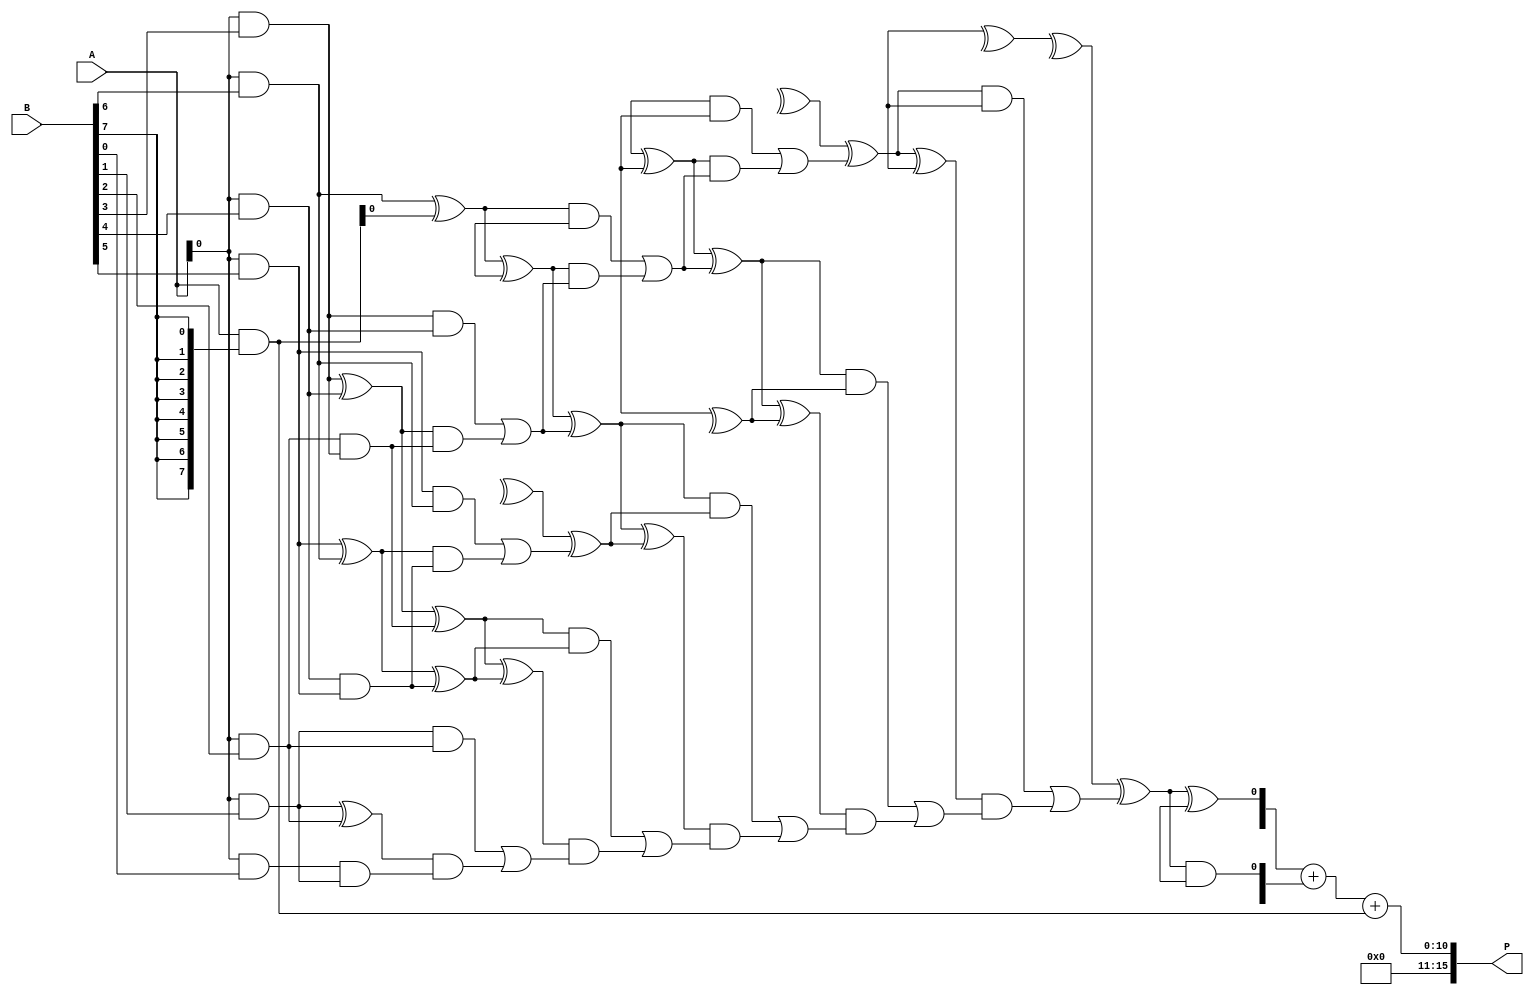
module AdaptiveWallaceTreeMultiplier #(parameter N = 8) (
    input  [N-1:0] A, // First operand
    input  [N-1:0] B, // Second operand
    output [2*N-1:0] P // Product output
);

    // Generate Partial Products
    wire [N-1:0] pp [N-1:0]; // Partial product matrix

    genvar i, j;
    generate
        for (i = 0; i < N; i = i + 1) begin : pp_gen
            assign pp[i] = A & {N{B[i]}}; // AND each bit of B with A
        end
    endgenerate

    // Reduction Stage using Wallace Tree
    wire [N:0] sum [N-2:0]; // To hold sums of each layer
    wire [N-1:0] carry [N-2:0]; // To hold carries of each layer
    
    // First Layer: Full Adders and Half Adders
    generate
        for (i = 0; i < N-1; i = i + 1) begin : layer1
            if (i % 2 == 0) begin
                // Half Adder for even indexed pairs
                assign sum[0][i/2] = pp[i][0] ^ pp[i+1][0];
                assign carry[0][i/2] = pp[i][0] & pp[i+1][0];
            end else begin
                // Full Adder for odd indexed pairs
                assign sum[0][i/2] = pp[i][0] ^ pp[i+1][0] ^ carry[0][(i-1)/2];
                assign carry[0][i/2] = (pp[i][0] & pp[i+1][0]) | ((pp[i][0] ^ pp[i+1][0]) & carry[0][(i-1)/2]);
            end
        end
    endgenerate

    // Additional layers for reduction
    generate
        for (j = 1; j < N-1; j = j + 1) begin : reduction
            for (i = 0; i < (N-j-1); i = i + 1) begin : layer
                if (i % 2 == 0) begin
                    assign sum[j][i/2] = sum[j-1][i] ^ sum[j-1][i+1];
                    assign carry[j][i/2] = sum[j-1][i] & sum[j-1][i+1];
                end else begin
                    assign sum[j][i/2] = sum[j-1][i] ^ sum[j-1][i+1] ^ carry[j-1][(i-1)/2];
                    assign carry[j][i/2] = (sum[j-1][i] & sum[j-1][i+1]) | ((sum[j-1][i] ^ sum[j-1][i+1]) & carry[j-1][(i-1)/2]);
                end
            end
        end
    endgenerate

    // Final Addition
    wire [2*N-1:0] final_sum;
    wire [N-1:0] final_carry;

    // Use a simple ripple-carry adder for final stage
    assign final_sum = {1'b0, sum[N-2]} + {1'b0, carry[N-2]} + {1'b0, pp[N-1]};

    // Final product assignment
    assign P = final_sum;

endmodule